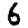
Digit: 6